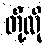
တို့လို